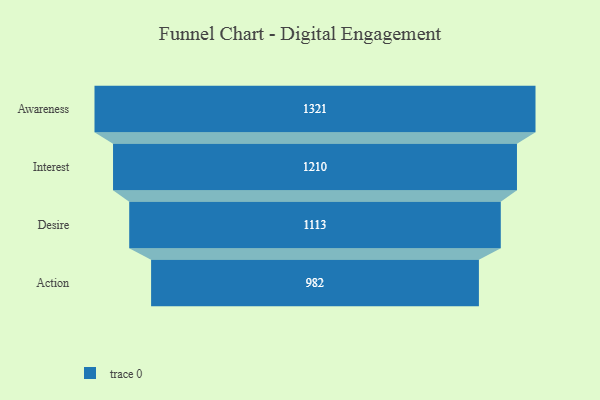
{"axis": {"x": "Stage", "y": "Value"}, "legend": [""], "data": [{"x": "Awareness", "y": 1321.0, "type": ""}, {"x": "Interest", "y": 1210.0, "type": ""}, {"x": "Desire", "y": 1113.0, "type": ""}, {"x": "Action", "y": 982.0, "type": ""}]}